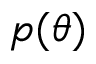
p ( \theta )